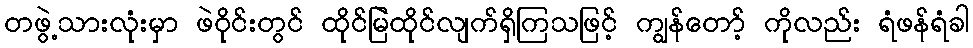
တဖွဲ့သားလုံးမှာ ဖဲဝိုင်းတွင် ထိုင်မြဲထိုင်လျက်ရှိကြသဖြင့် ကျွန်တော့် ကိုလည်း ရံဖန်ရံခါ